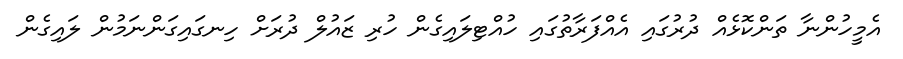
އެމީހުންނާ ތަންކޮޅެއް ދުރުގައި އެއްފަރާތުގައި ހުއްޓިލައިގެން ހުރި ޒައުލް ދުރަށް ހިނގައިގަންނަމުން ލައިގެން